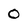
Character: 0